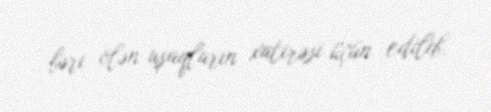
bəri ölən uşaqların xatirəsi üçün edilib.